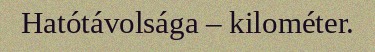
Hatótávolsága – kilométer.